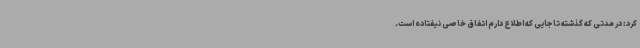
کرد: در مدتی که گذشته تا جایی که اطلاع دارم اتفاق خاصی نیفتاده است.